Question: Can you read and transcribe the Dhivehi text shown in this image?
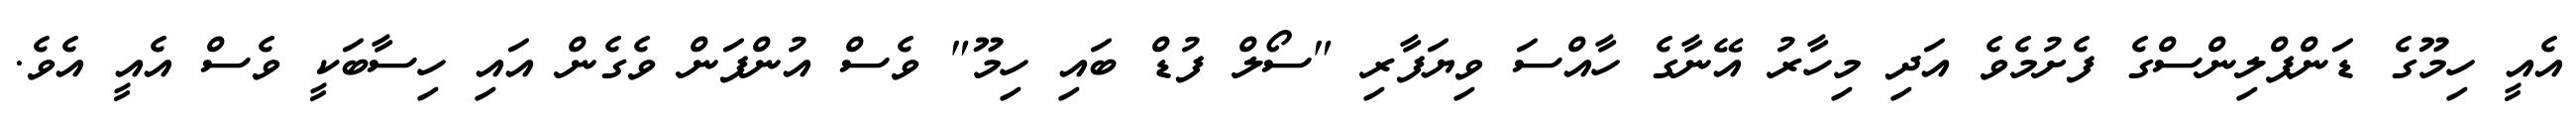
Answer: އެއީ ހިމޫގެ ޑަންޕްލިންސްގެ ފެށުމެވެ އަދި މިހާރު އޭނާގެ ހާއްސަ ވިޔަފާރި "ސޯލް ފުޑް ބައި ހިމޫ" ވެސް އުންފަން ވެގެން އައި ހިސާބަކީ ވެސް އެއީ އެވެ.